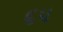
૬પ